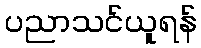
ပညာသင်ယူရန်